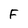
Character: F